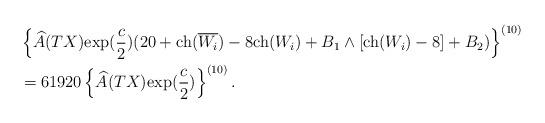
LaTeX: \begin{align*}&\left\{\widehat{A}(TX){\rm exp}(\frac{c}{2})(20+{\rm ch}(\overline{W_i})-8{\rm ch}({W_i})+B_1\wedge[{\rm ch}({W_i})-8]+B_2)\right\}^{(10)}\\&=61920\left\{\widehat{A}(TX){\rm exp}(\frac{c}{2})\right\}^{(10)}.\end{align*}